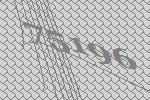
75196